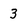
Character: 3